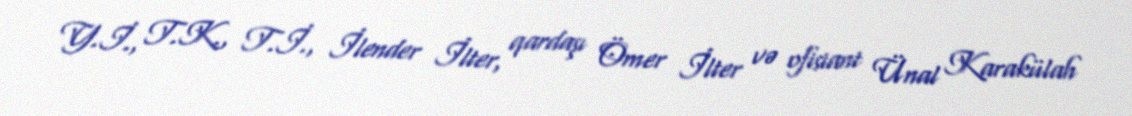
Y.İ., T.K., T.İ., İlender İlter, qardaşı Ömer İlter və ofisiant Ünal Karakülah